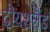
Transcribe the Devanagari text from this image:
दौयशलैंड